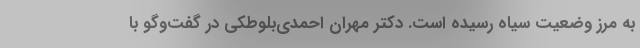
به مرز وضعیت سیاه رسیده است. دکتر مهران احمدی‌بلوطکی در گفت‌وگو با